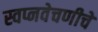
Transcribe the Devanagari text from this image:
स्वप्नवेचणीचे